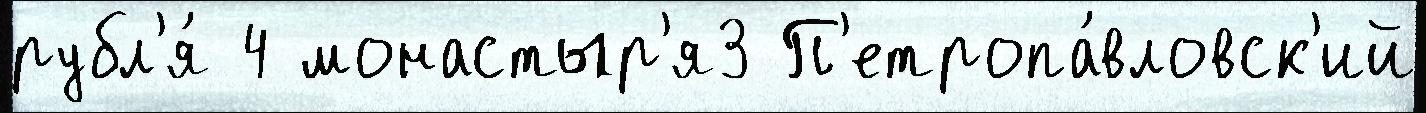
рубл'я́ 4 монастыр'я3 П'етропа́вловск'ий